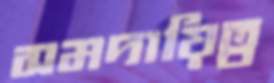
সমদায়িত্ব